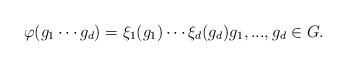
LaTeX: \begin{align*}\varphi(g_1\cdots g_d) = \xi_1(g_1)\cdots \xi_d(g_d)g_1,...,g_d\in G.\end{align*}